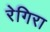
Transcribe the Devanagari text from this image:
रेगिरा